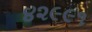
૪૨૯૯૧